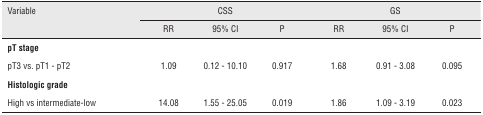
<table><thead><tr><td rowspan="2"><b>Variable</b></td><td colspan="3"><b>CSS</b></td><td colspan="3"><b>GS</b></td></tr><tr><td><b>RR</b></td><td><b>95% CI</b></td><td><b>P</b></td><td><b>RR</b></td><td><b>95% CI</b></td><td><b>P</b></td></tr></thead><tbody><tr><td colspan="7"><b>pT stage</b></td></tr><tr><td>pT3 vs. pT1 - pT2</td><td>1.09</td><td>0.12 – 10.10</td><td>0.917</td><td>1.68</td><td>0.91 – 3.08</td><td>0.095</td></tr><tr><td colspan="7"><b>Histologic grade</b></td></tr><tr><td>High vs intermediate-low</td><td>14.08</td><td>1.55 – 25.05</td><td>0.019</td><td>1.86</td><td>1.09 – 3.19</td><td>0.023</td></tr></tbody></table>